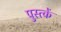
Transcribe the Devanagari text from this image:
पुस्त्कें